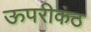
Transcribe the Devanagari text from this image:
ऊपरीकंठ